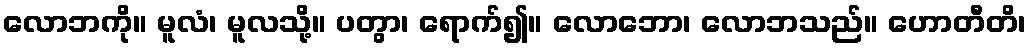
လောဘကို။ မူလံ၊ မူလသို့။ ပတွာ၊ ရောက်၍။ လောဘော၊ လောဘသည်။ ဟောတီတိ၊